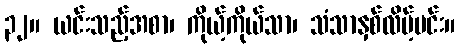
၃၂။ ယင်းသည့်အစာ၊ ကိုယ့်ကိုယ်သာ၊ သံသာနှစ်လိမ့်မင်း။